Note on the mental hospitals in Burma - 1925-1940
Year: 1925
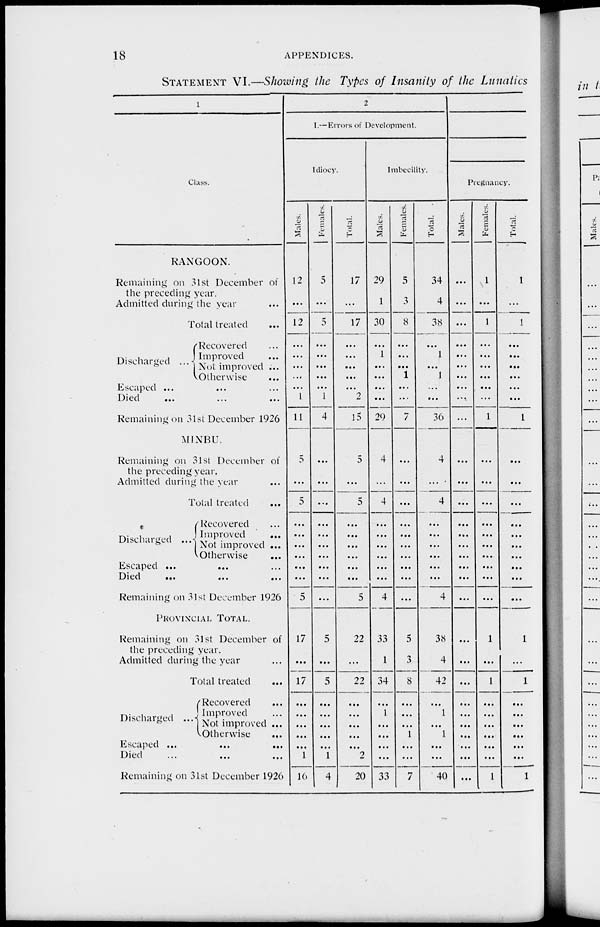
18
APPENDICES.
STATEMENT VI.—Showing the Types of Insanity of the Lunatics
1
Class.
RANGOON.
Remaining on 31st December of
the preceding year.
Admitted during the year ...
Total treated ...
Discharged ...
Recovered ...
Improved ...
Not improved ...
Otherwise ...
Escaped ... ... ...
Died ... ... ...
Remaining on 31st December 1926
MINBU.
Remaining on 31st December of
the preceding year.
Admitted during the year ...
Total treated ...
Discharged ...
Recovered ...
Improved
...
Not improved ...
Otherwise
...
Escaped ... ... ...
Died
...
...
...
Remaining on 31st December 1926
PROVINCIAL TOTAL.
Remaining on 31st December of
the preceding year.
Admitted during the year ...
Total treated
...
Discharged ...
Recovered ...
Improved ...
Not improved ...
Otherwise
...
Escaped ... ... ...
Died ... ... ...
Remaining on 31st December 1926
2
I.— Errors of Development.
Idiocy.
Males.
12
...
12
...
...
...
...
...
1
11
5
...
5
...
...
...
...
...
...
5
17
...
17
...
...
...
...
...
1
16
Females.
5
...
5
...
...
...
...
...
1
4
...
...
...
...
...
...
...
...
...
...
5
...
5
...
...
...
...
...
1
4
Total.
17
...
17
...
...
...
...
...
2
15
5
...
5
...
...
...
...
...
...
5
22
...
22
...
...
...
...
...
2
20
Imbecility.
Males.
29
1
30
...
1
...
...
...
...
29
4
...
4
...
...
...
...
...
...
4
33
1
34
...
1
...
...
...
...
33
Females.
5
3
8
...
...
...
1
...
...
7
...
...
...
...
...
...
...
...
...
...
5
3
8
...
...
...
1
...
...
7
Total.
34
4
38
...
1
...
1
...
...
36
4
...
4
...
...
...
...
...
...
4
38
4
42
...
1
...
1
...
...
40
Pregnancy.
Males.
...
...
...
...
...
...
...
...
...
...
...
...
...
...
...
...
...
...
...
...
...
...
...
...
...
...
...
...
...
...
Females.
1
...
1
...
...
...
...
...
...
1
...
...
...
...
...
...
...
...
...
...
1
...
1
...
...
...
...
...
...
1
Total.
1
...
1
...
...
...
...
...
...
1
...
...
...
...
...
...
...
...
...
...
1
...
1
...
...
...
...
...
...
1